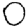
Digit: 0